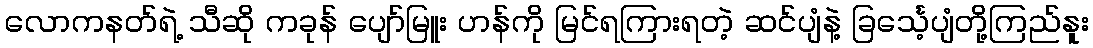
လောကနတ်ရဲ့ သီဆို ကခုန် ပျော်မြူး ဟန်ကို မြင်ရကြားရတဲ့ ဆင်ပျံနဲ့ ခြင်္သေ့ပျံတို့ကြည်နူး